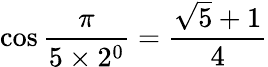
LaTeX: \cos{\frac{\pi}{5\times 2^{0}}}={\frac{{\sqrt{5}}+1}{4}}